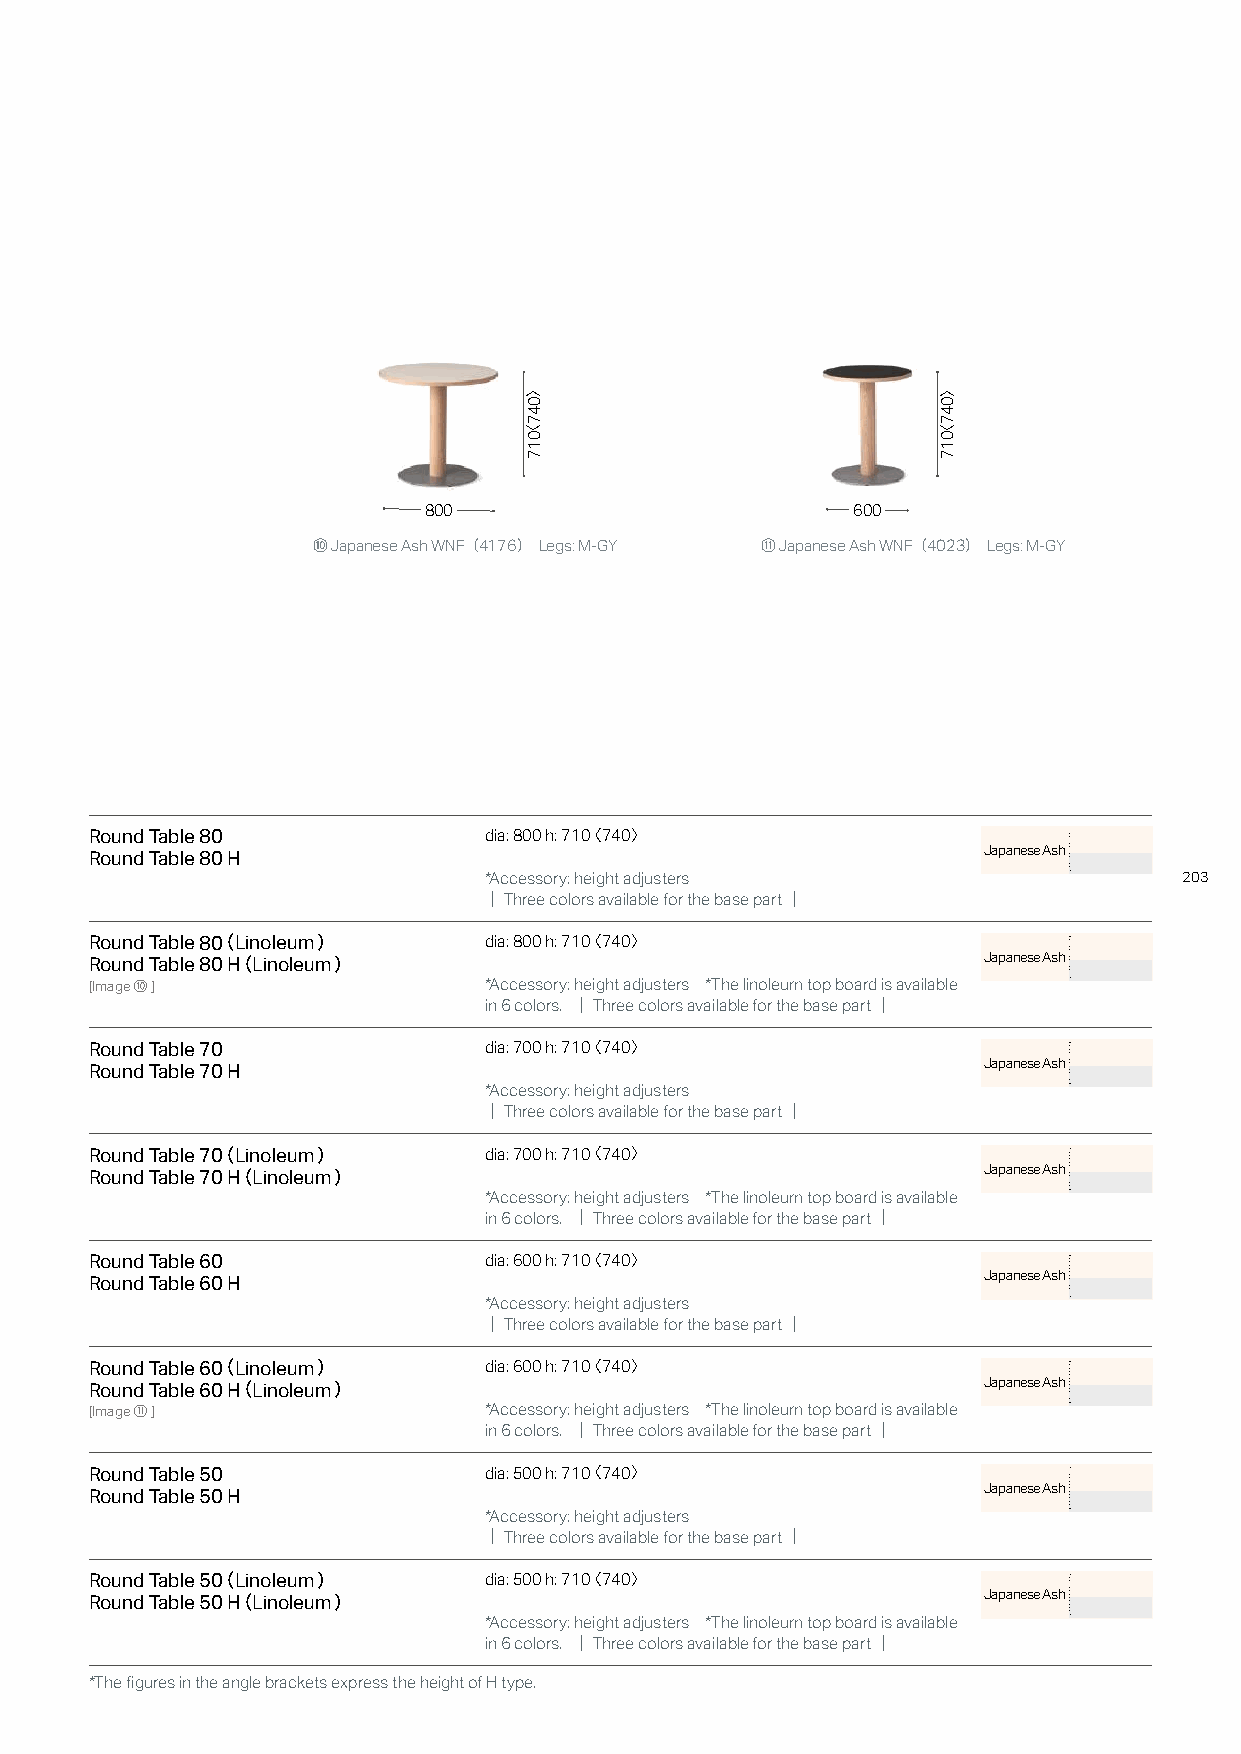
800                         600
 ⑩ Japanese Ash WNF（4176） Legs: M-GY ⑪ Japanese Ash WNF（4023） Legs: M-GY
 Round Table 80            dia: 800 h: 710〈 740〉
 Japanese Ash
 Round Table 80 H
 *Accessory: height adjusters                  203
 ｜Three colors available for the base part｜
 Round Table 80（Linoleum）  dia: 800 h: 710〈 740〉
 Japanese Ash
 Round Table 80 H（Linoleum）
 [Image⑩]                  *Accessory: height adjusters *The linoleum top board is available
 in 6 colors. ｜Three colors available for the base part｜
 Round Table 70            dia: 700 h: 710〈 740〉
 Japanese Ash
 Round Table 70 H
 *Accessory: height adjusters
 ｜Three colors available for the base part｜
 Round Table 70（Linoleum）  dia: 700 h: 710〈 740〉
 Japanese Ash
 Round Table 70 H（Linoleum）
 *Accessory: height adjusters *The linoleum top board is available
 in 6 colors. ｜Three colors available for the base part｜
 Round Table 60            dia: 600 h: 710〈 740〉
 Japanese Ash
 Round Table 60 H
 *Accessory: height adjusters
 ｜Three colors available for the base part｜
 Round Table 60（Linoleum）  dia: 600 h: 710〈 740〉
 Japanese Ash
 Round Table 60 H（Linoleum）
 [Image⑪]                  *Accessory: height adjusters *The linoleum top board is available
 in 6 colors. ｜Three colors available for the base part｜
 Round Table 50            dia: 500 h: 710〈 740〉
 Japanese Ash
 Round Table 50 H
 *Accessory: height adjusters
 ｜Three colors available for the base part｜
 Round Table 50（Linoleum）  dia: 500 h: 710〈 740〉
 Japanese Ash
 Round Table 50 H（Linoleum）
 *Accessory: height adjusters *The linoleum top board is available
 in 6 colors. ｜Three colors available for the base part｜
 *The figures in the angle brackets express the height of H type.
 〉047〈017                   〉047〈017